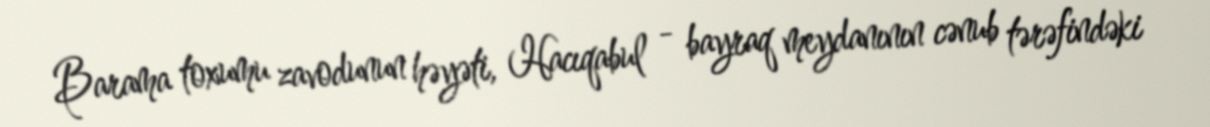
Barama toxumu zavodunun həyəti, Hacıqabul - bayraq meydanının cənub tərəfindəki